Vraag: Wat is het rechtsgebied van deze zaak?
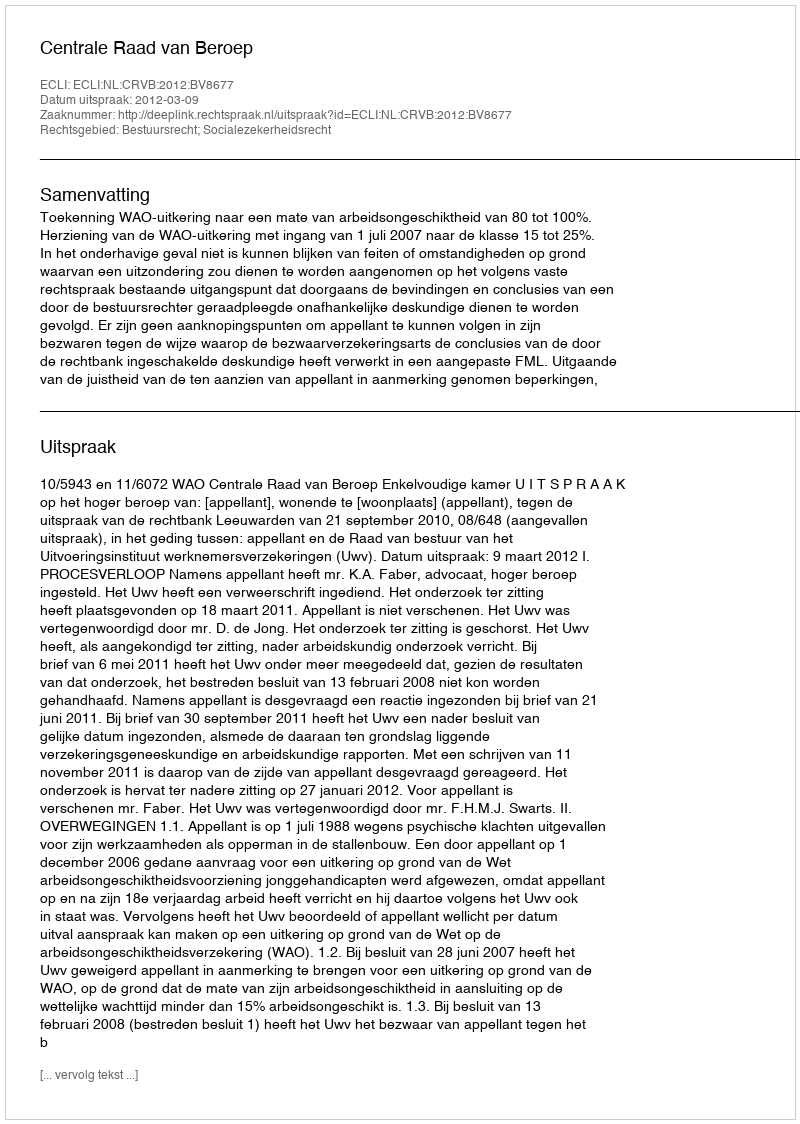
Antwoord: Bestuursrecht; Socialezekerheidsrecht